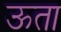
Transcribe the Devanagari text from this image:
ऊता